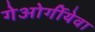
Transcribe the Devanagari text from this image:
गेओर्गीयेवा